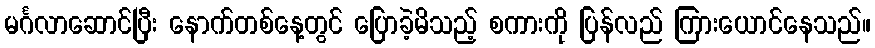
မင်္ဂလာဆောင်ပြီး နောက်တစ်နေ့တွင် ပြောခဲ့မိသည့် စကားကို ပြန်လည် ကြားယောင်နေသည်။